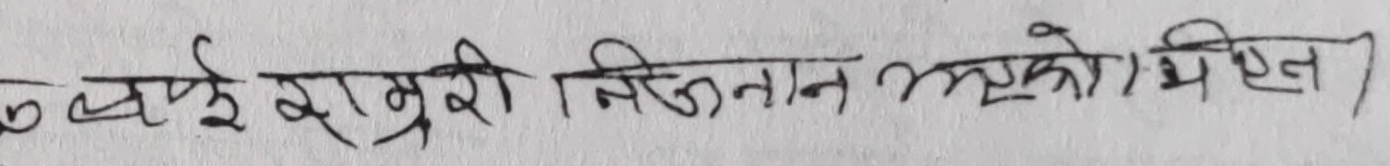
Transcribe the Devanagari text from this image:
लब्धि राम्रो निस्कन न्हुकोभिएन)